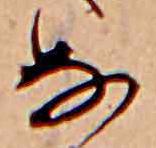
な